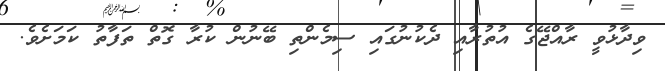
ވިދާޅުވީ ރާއްޖޭގެ އުތުރާއި ދެކުނުގައި ސިމެންތި ބޭނުން ކުރާ ގޮތް ތަފާތު ކަމަށެވެ.